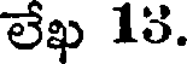
లేఖ 13.